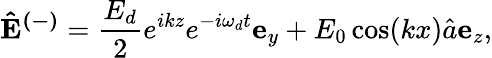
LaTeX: \mathbf{\hat{E}^{(-)}}=\frac{E_{d}}{2}e^{ikz}e^{-i\omega_{d}t}\mathbf{e}_{y}+E_{0}\cos(kx)\hat{a}\mathbf{e}_{z},